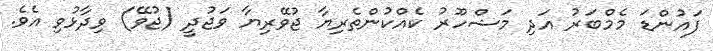
ފައުންޑަ މެމްބަރު އަދި މަޝްހޫރު ކެއްކުންތެރިޔާ ޖުވޭރިޔާ ވަޖުދީ (ޖުވޭ) ވިދާޅުވި އެެވެ.